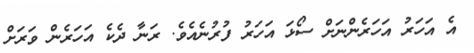
އެ އަހަރު އަހަރެންނަށް ސޯޅަ އަހަރު ފުރުނެއެވެ. ރަނާ ދެކެ އަހަރެން ވަރަށް